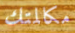
مكالمتك